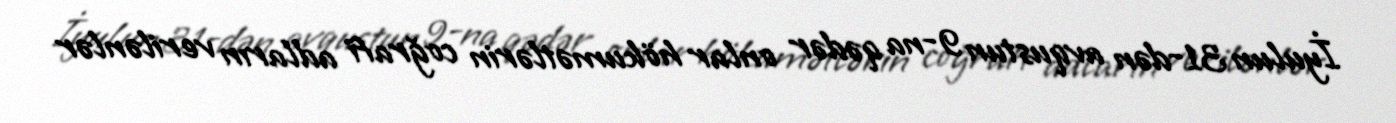
İyulun 31-dən avqustun 9-na qədər onlar hökumətlərin coğrafi adların verilənlər